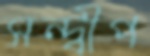
সন্দ্বীপ